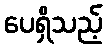
ပေရှိသည့်